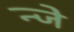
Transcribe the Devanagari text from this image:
न्जे